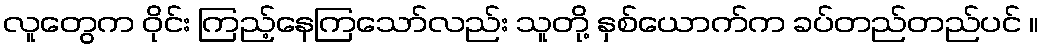
လူတွေက ဝိုင်း ကြည့်နေကြသော်လည်း သူတို့ နှစ်ယောက်က ခပ်တည်တည်ပင် ။